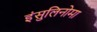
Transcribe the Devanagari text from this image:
इंसुलिनोमा